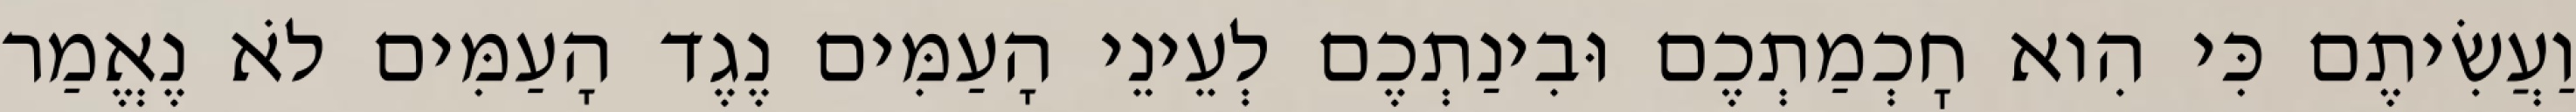
וַעֲשִׂיתֶם כִּי הִוא חׇכְמַתְכֶם וּבִינַתְכֶם לְעֵינֵי הָעַמִּים נֶגֶד הָעַמִּים לֹא נֶאֱמַר